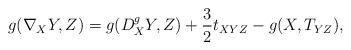
LaTeX: \begin{align*}g(\nabla_X Y,Z) = g(D^g_X Y,Z) + \frac32 t_{XYZ} - g(X,T_{YZ}),\end{align*}